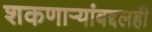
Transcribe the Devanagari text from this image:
शकणाऱ्यांबद्दलही